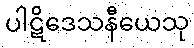
ပါဋိဒေသနီယေသု